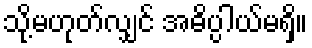
သို့မဟုတ်လျှင် အဓိပ္ပါယ်မရှိ။